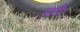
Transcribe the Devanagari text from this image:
लाती।